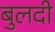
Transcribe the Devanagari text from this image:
बुलदी